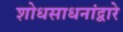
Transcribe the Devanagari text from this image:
शोधसाधनांद्वारे